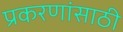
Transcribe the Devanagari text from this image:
प्रकरणांसाठी